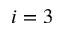
i = 3